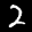
Label: 2